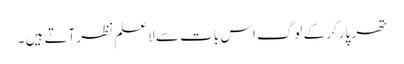
تھر پارکر کے لوگ اس بات سے لاعلم نظر آتے ہیں ۔